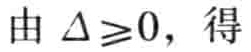
由 \(\Delta \geq 0\)，得